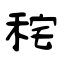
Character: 秺